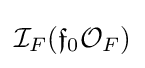
{\mathcal {I}}_{F}({\mathfrak {f}}_{0}{\mathcal {O}}_{F})